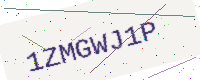
Text: 1ZMGWJ1P